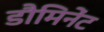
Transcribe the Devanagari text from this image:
डौमिनेंट